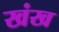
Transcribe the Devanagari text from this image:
खंख